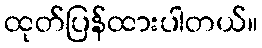
ထုတ်ပြန်ထားပါတယ်။